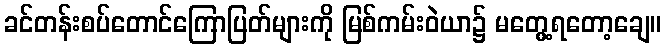
ခင်တန်းစပ်တောင်ကြောပြတ်များကို မြစ်ကမ်းဝဲယာ၌ မတွေ့ရတော့ချေ။